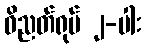
ဝိညတ်ရုပ် ၂-ပါး